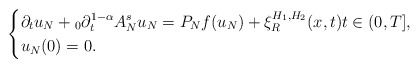
\begin{align*}\left\{\begin{aligned}&\partial_{t}u_{N}+{}_{0}\partial^{1-\alpha}_{t}A^{s}_{N}u_{N}=P_{N}f(u_{N})+\xi^{H_{1},H_{2}}_{R}(x,t)t\in(0,T],\\&u_{N}(0)=0.\end{aligned}\right.\end{align*}